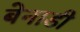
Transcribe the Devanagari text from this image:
बेनाडी